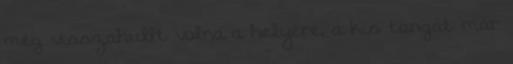
még visszahullt volna a helyére, a kis tangát már